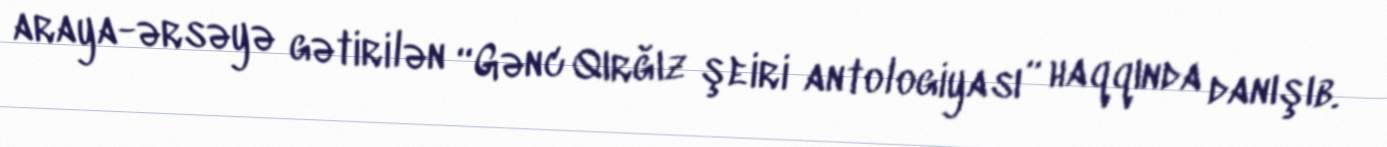
araya-ərsəyə gətirilən “Gənc Qırğız şeiri antologiyası” haqqında danışıb.